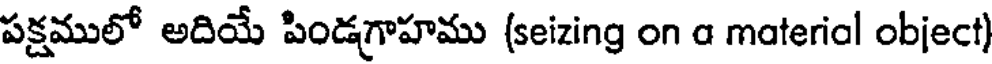
పక్షములో అదియే పిండగాహము (seizing on a material object)